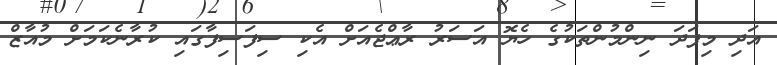
އަދި މިފަދަ ނިންމުންތަކުގެ ހެޔޮ އަސަރު ރާޢްޖެއަށް އެކި ސިފަސިފާގައި ކުރާނެކަމަށް މުއާޒް